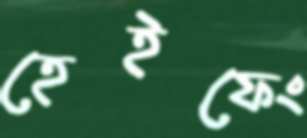
হেইফেং